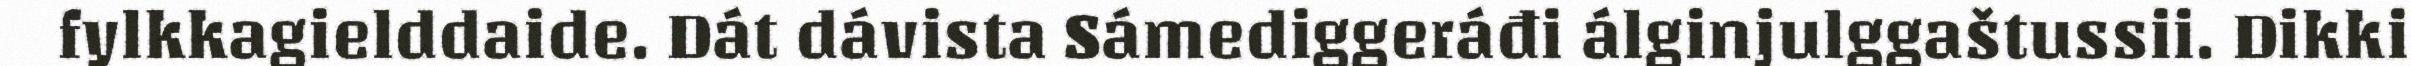
fylkkagielddaide. Dát dávista Sámediggeráđi álginjulggaštussii. Dikki